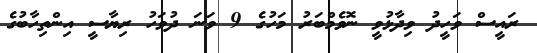
ރައީސް ވަހީދު ވިދާޅުވީ ނޮވެމްބަރު މަހުގެ 9 ވަނަ ދުވަހު ރިޔާސީ އިންތިހާބުގެ